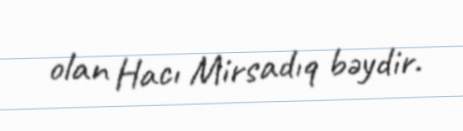
olan Hacı Mirsadıq bəydir.